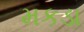
મકડા